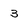
Character: 3